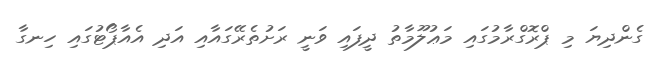
ގެންދިޔަ މި ޕްރޮގްރާމުގައި މަޢުލޫމާތު ދީފައި ވަނީ ރަށުތެރޭގައާއި އަދި އެއާޕޯޓުގައި ހިނގާ